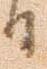
日